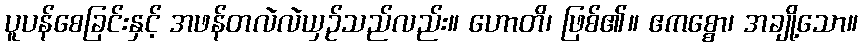
ပူပန်စေခြင်းနှင့် အဖန်တလဲလဲယှဉ်သည်လည်း။ ဟောတိ၊ ဖြစ်၏။ ဧကစ္စော၊ အချို့သော။